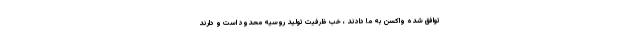
توافق شده واکسن به ما دادند ، خب ظرفیت تولید روسیه محدود است و دارند